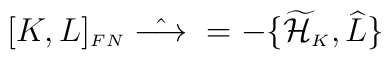
[K,L]_{\scriptscriptstyle FN} \; \hat{\longrightarrow} \; =-\{\widetilde{\cal H}_{\scriptscriptstyle K},\widehat{L}\}